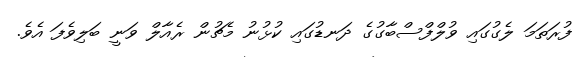
ފުރަތަމަ ލެގުގައި ވުލްފްސްބާގުގެ ދަނޑުގައި ކުޅުނު މެޗުން ރެއާލް ވަނީ ބަލިވެފަ އެވެ.